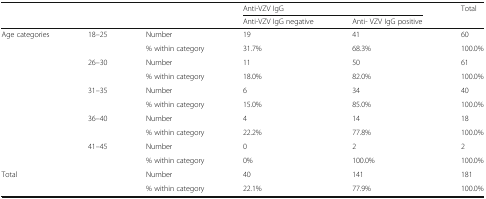
| <ROWSPAN=2>  | <ROWSPAN=2>  | <ROWSPAN=2>  | <COLSPAN=2> Anti-VZV IgG | <ROWSPAN=2> Total |
 | Anti-VZV IgG negative | Anti- VZV IgG positive |
 | --- | --- | --- | --- | --- | --- |
 | <ROWSPAN=10> Age categories | <ROWSPAN=2> 18–25 | Number | 19 | 41 | 60 |
 | % within category | 31.7% | 68.3% | 100.0% |
 | <ROWSPAN=2> 26–30 | Number | 11 | 50 | 61 |
 | % within category | 18.0% | 82.0% | 100.0% |
 | <ROWSPAN=2> 31–35 | Number | 6 | 34 | 40 |
 | % within category | 15.0% | 85.0% | 100.0% |
 | <ROWSPAN=2> 36–40 | Number | 4 | 14 | 18 |
 | % within category | 22.2% | 77.8% | 100.0% |
 | <ROWSPAN=2> 41–45 | Number | 0 | 2 | 2 |
 | % within category | 0% | 100.0% | 100.0% |
 | <ROWSPAN=2> Total | <ROWSPAN=2>  | Number | 40 | 141 | 181 |
 | % within category | 22.1% | 77.9% | 100.0% |